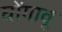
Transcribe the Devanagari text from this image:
घोंगावू